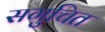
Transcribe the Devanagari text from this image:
सगुचित